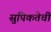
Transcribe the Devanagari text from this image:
सुपिकतेची